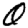
Digit: 0